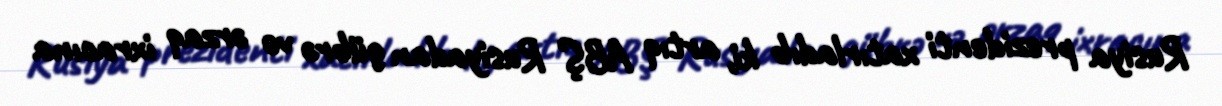
Rusiya prezidenti xatırladıb ki, artıq ABŞ Rusiyadan gübrə və ərzaq ixracına